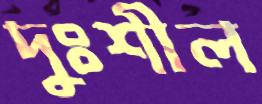
দুঃশীল